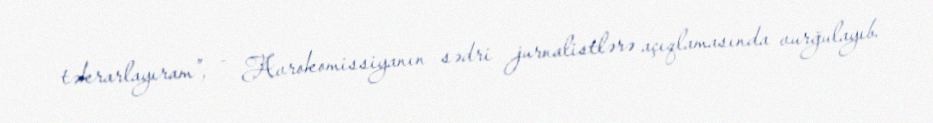
təkrarlayıram”, - Avrokomissiyanın sədri jurnalistlərə açıqlamasında vurğulayıb.